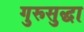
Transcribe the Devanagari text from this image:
गुरूसुद्धा